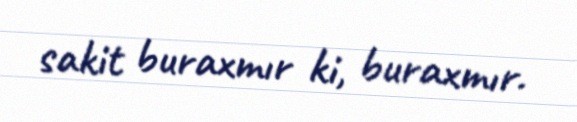
sakit buraxmır ki, buraxmır.